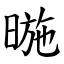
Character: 暆